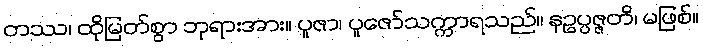
တဿ၊ ထိုမြတ်စွာ ဘုရားအား။ ပူဇာ၊ ပူဇော်သက္ကာရသည်။ နဥပ္ပဇ္ဇတိ၊ မဖြစ်။